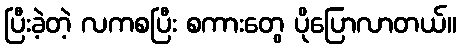
ပြီးခဲ့တဲ့ လကစပြီး စကားတွေ ပိုပြောလာတယ်။